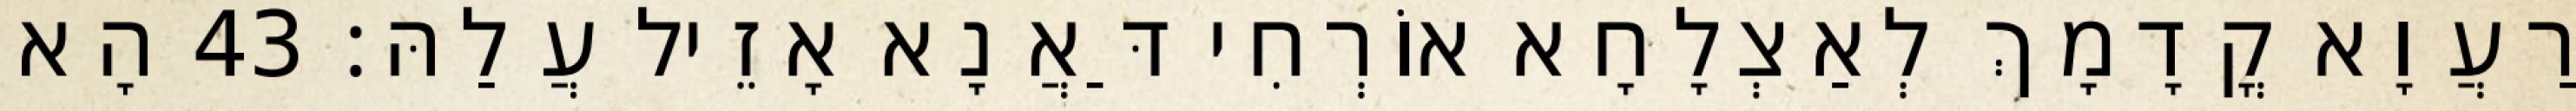
רַעֲוָא קֳדָמָךְ לְאַצְלָחָא אוֹרְחִי דַּאֲנָא אָזֵיל עֲלַהּ׃ 43 הָא